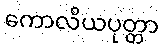
ကောလိယပုတ္တာ